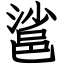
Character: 䣉